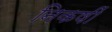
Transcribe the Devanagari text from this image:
निकषीं